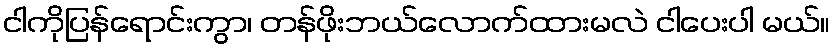
ငါကိုပြန်ရောင်းကွာ၊ တန်ဖိုးဘယ်လောက်ထားမလဲ ငါပေးပါ မယ်။